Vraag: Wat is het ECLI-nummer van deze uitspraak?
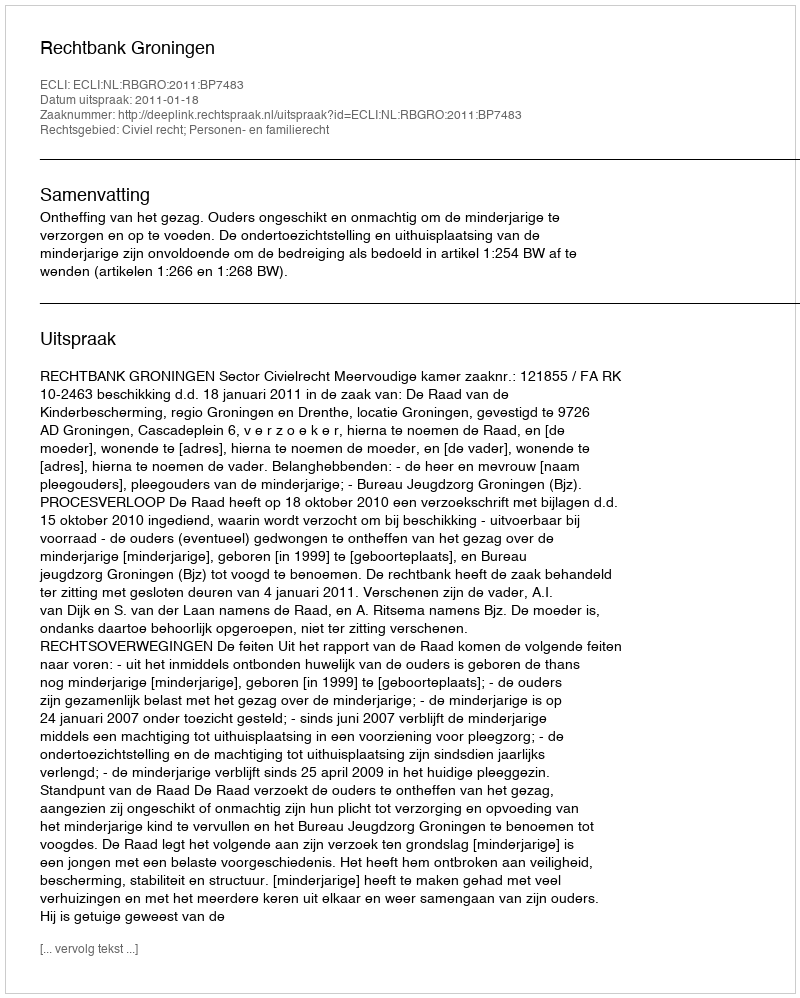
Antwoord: ECLI:NL:RBGRO:2011:BP7483